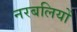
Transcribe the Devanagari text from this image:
नरबलियों